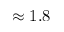
\approx 1 . 8